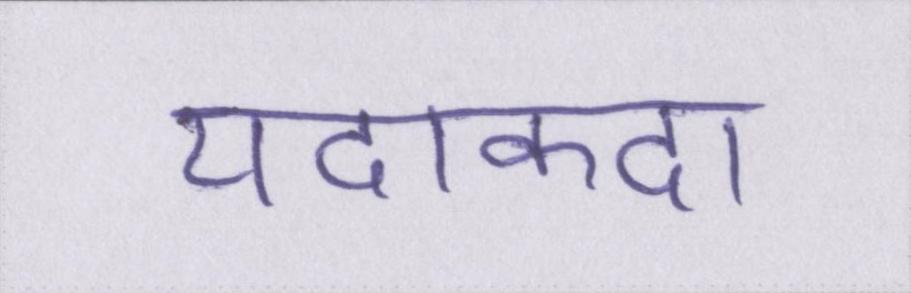
यदाकदा